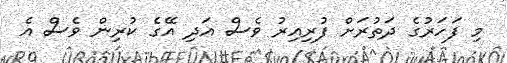
މި ފަހަރުގެ ދަތުރަށް ފުރިއިރު ވެސް އަދި އޭގެ ކުރިން ވެސް އެ